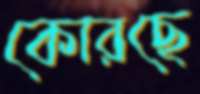
কোরছে